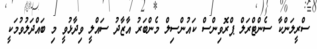
ސްރީލަންކާ ސެންޓްރަލް ޕްރޮވިންސް ކައުންސިލް މެންބަރު އާޒާދު ސައްލީ ވިދާޅުވީ މި ބައްދަލުވުމަކީ